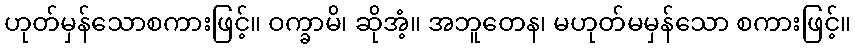
ဟုတ်မှန်သောစကားဖြင့်။ ဝက္ခာမိ၊ ဆိုအံ့။ အဘူတေန၊ မဟုတ်မမှန်သော စကားဖြင့်။